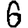
Digit: 6